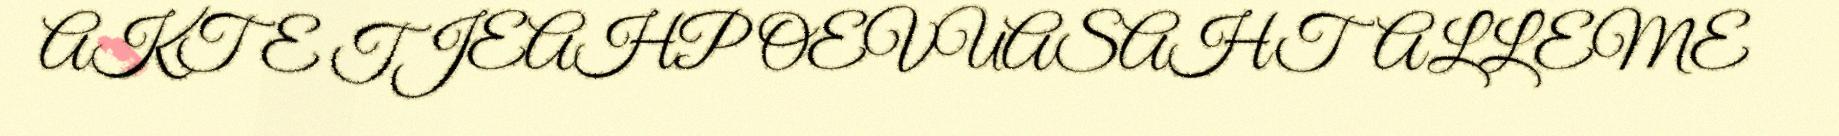
AKTE TJEAHPOEVUASAHTALLEME